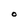
Character: O